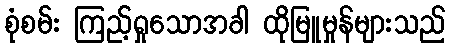
စုံစမ်း ကြည့်ရှုသောအခါ ထိုမြူမှုန်များသည်